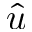
\hat { u }